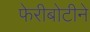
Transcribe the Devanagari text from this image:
फेरीबोटीने